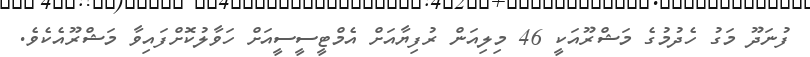
ފުނަދޫ މަގު ހެދުމުގެ މަޝްރޫއަކީ 46 މިލިއަން ރުފިޔާއަށް އެމްޓީސީސީއަށް ހަވާލުކޮށްފައިވާ މަޝްރޫއެކެވެ.